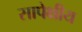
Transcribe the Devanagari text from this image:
सापेक्षीय